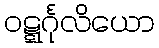
ဝဋ္ဋင်္ဂုလိယော